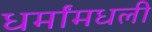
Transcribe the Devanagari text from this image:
धर्मांमधली